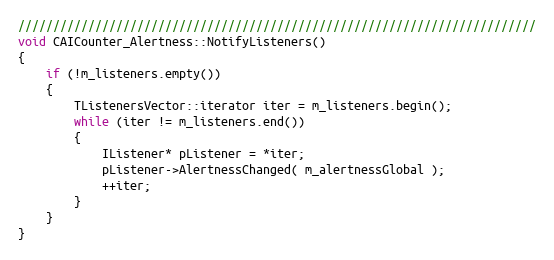
Language: C++
//////////////////////////////////////////////////////////////////////////
void CAICounter_Alertness::NotifyListeners()
{
	if (!m_listeners.empty())
	{
		TListenersVector::iterator iter = m_listeners.begin();
		while (iter != m_listeners.end())
		{
			IListener* pListener = *iter;
			pListener->AlertnessChanged( m_alertnessGlobal );
			++iter;
		}
	}
}